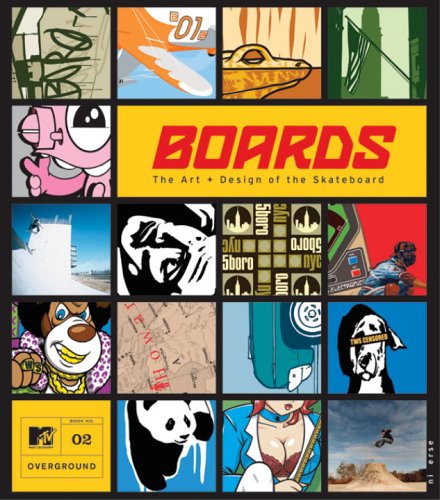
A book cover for Boards: The Art and Design of the Skateboard (MTV Overground); MTV; Sports & Outdoors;